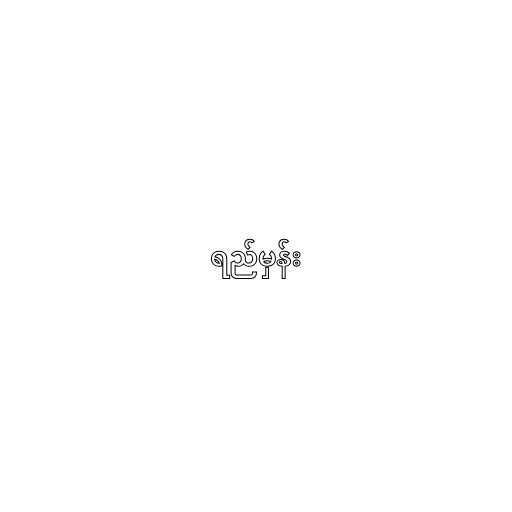
ရည်မှန်း